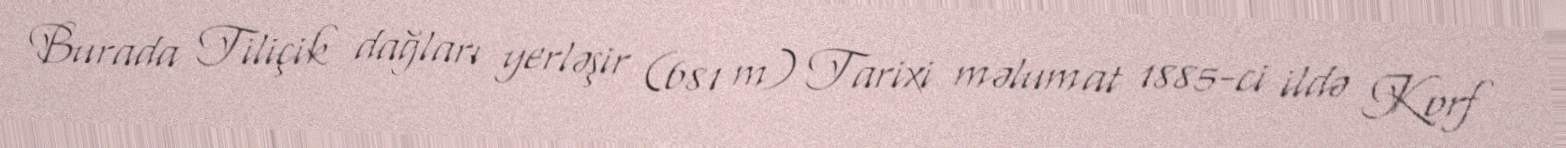
Burada Tiliçik dağları yerləşir (681 m) Tarixi məlumat 1885-ci ildə Korf